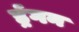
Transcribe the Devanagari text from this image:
र्ड्रगन